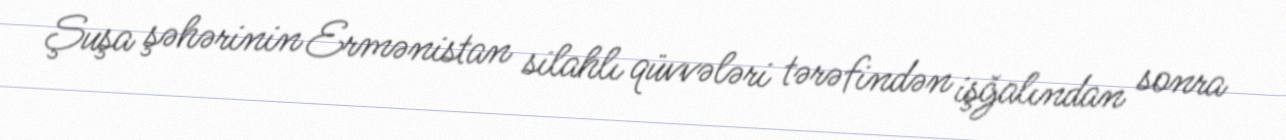
Şuşa şəhərinin Ermənistan silahlı qüvvələri tərəfindən işğalından sonra